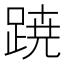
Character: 𮛡